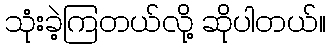
သုံးခဲ့ကြတယ်လို့ ဆိုပါတယ်။